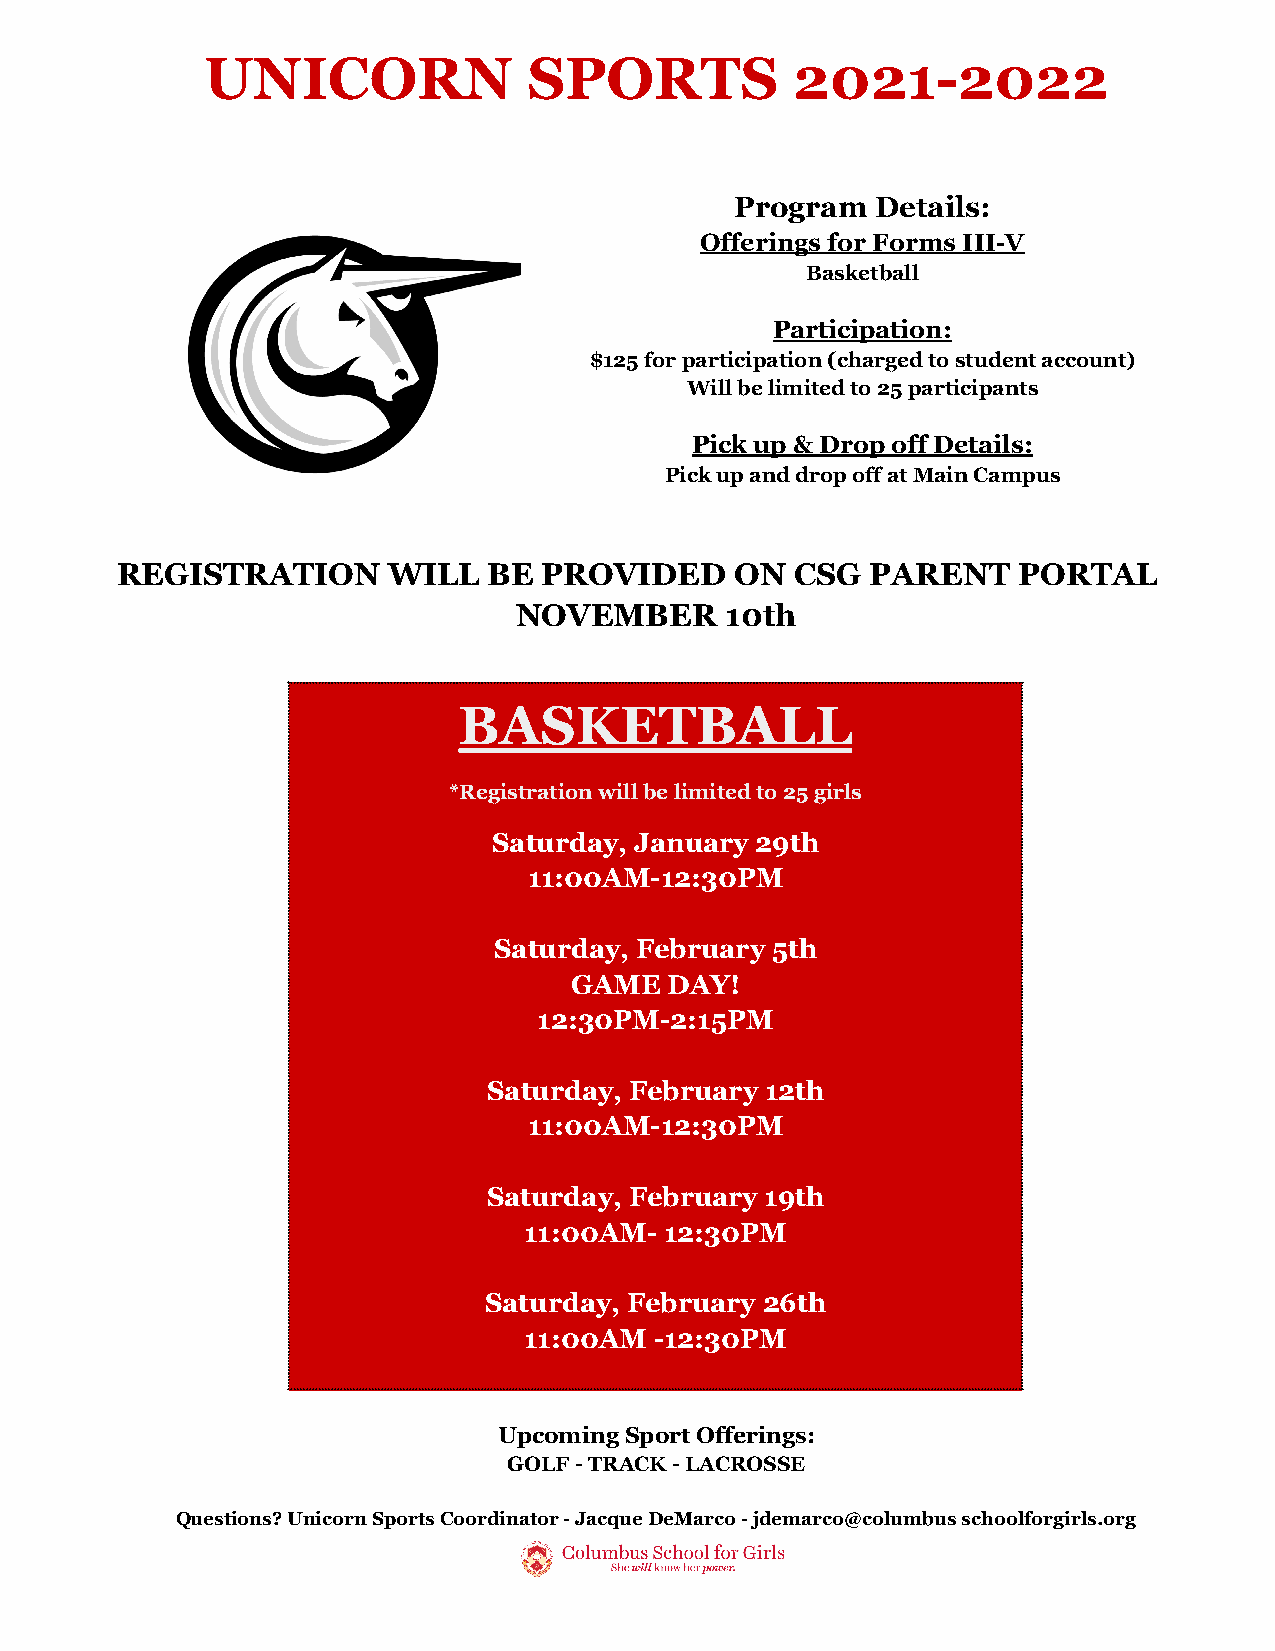
UNICORN              SPORTS            2021-2022
 Program  Details:
 Offerings for Forms III-V
 Basketball
 Participation:
 $125 for participation (charged to student account)
 Will be limited to 25 participants
 Pick up & Drop off Details:
 Pick up and drop off at Main Campus
 REGISTRATION      WILL  BE  PROVIDED     ON  CSG  PARENT   PORTAL
 NOVEMBER      10th
 BASKETBALL
 *Registration will be limited to 25 girls
 Saturday, January 29th
 11:00AM-12:30PM
 Saturday, February 5th
 GAME  DAY!
 12:30PM-2:15PM
 Saturday, February 12th
 11:00AM-12:30PM
 Saturday, February 19th
 11:00AM- 12:30PM
 Saturday, February 26th
 11:00AM -12:30PM
 Upcoming Sport Offerings:
 GOLF - TRACK - LACROSSE
 Questions? Unicorn Sports Coordinator - Jacque DeMarco - jdemarco@columbus schoolforgirls.org